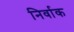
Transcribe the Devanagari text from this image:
निर्वाक